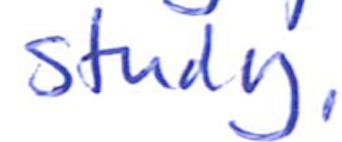
Text: study.
Cross-out: clean
Writing tool: ballpoint